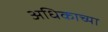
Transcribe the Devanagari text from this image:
अधिकाच्या